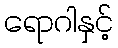
ရောဂါနှင့်